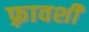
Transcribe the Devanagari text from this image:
फ़्रावशी